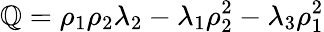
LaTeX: {\cal\mathbb{Q}}=\rho_{1}\rho_{2}\lambda_{2}-\lambda_{1}\rho_{2}^{2}-\lambda_{3}\rho_{1}^{2}